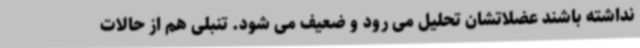
نداشته باشند عضلاتشان تحلیل می رود و ضعیف می شود. تنبلی هم از حالات